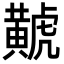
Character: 𪏐